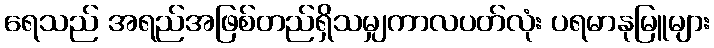
ရေသည် အရည်အဖြစ်တည်ရှိသမျှကာလပတ်လုံး ပရမာနုမြူများ